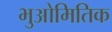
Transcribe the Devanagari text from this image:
भुओमितिक